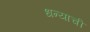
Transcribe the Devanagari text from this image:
धन्याची